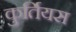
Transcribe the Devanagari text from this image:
कुर्तियस